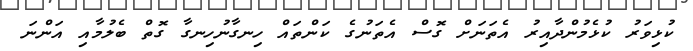
ކުޅިވަރު ކުޅެމުންދާއިރު އެތަނަށް ގޮސް އެތަނުގެ ކަންތައް ހިނގާނުހިނގާ ގޮތް ބެލުމާއި އަންނަ